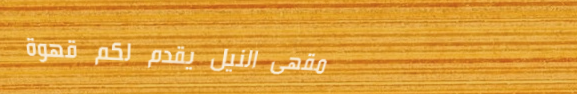
مقهى النيل يقدم لكم قهوة